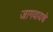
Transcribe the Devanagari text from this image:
जागवायचे